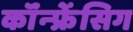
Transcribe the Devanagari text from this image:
कॉंन्फ्रेंसिग